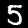
Label: 5